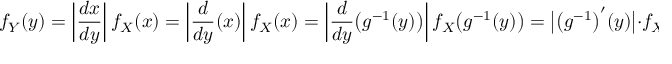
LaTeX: f _ { Y } ( y ) = \left| { \frac { d x } { d y } } \right| f _ { X } ( x ) = \left| { \frac { d } { d y } } ( x ) \right| f _ { X } ( x ) = \left| { \frac { d } { d y } } { \big ( } g ^ { - 1 } ( y ) { \big ) } \right| f _ { X } { \big ( } g ^ { - 1 } ( y ) { \big ) } = { { \big | } { \big ( } g ^ { - 1 } { \big ) } ^ { \prime } ( y ) { \big | } } \cdot f _ { X } { \big ( } g ^ { - 1 } ( y ) { \big ) } .